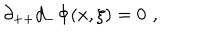
\partial _ { + + } d _ { - } \Phi ( x , \xi ) = 0 \, \, ,